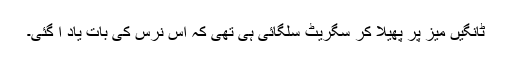
ٹانگیں میز پر پھیلا کر سگریٹ سلگائی ہی تھی کہ اس نرس کی بات یاد آ گئی۔